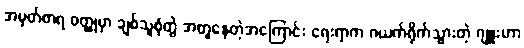
အမှတ်တရ ဝတ္ထုမှာ ချစ်သူစုံတွဲ အတူနေတဲ့အကြောင်း ရေးရာက ဂယက်ရိုက်သွားတဲ့ ဂျူးဟာ